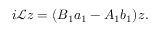
i \mathcal { L } z = ( B _ { 1 } a _ { 1 } - A _ { 1 } b _ { 1 } ) z .